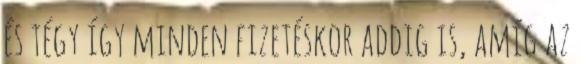
és tégy így minden fizetéskor addig is, amíg az